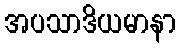
အပသာဒိယမာနာ